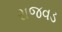
રાજવડ